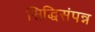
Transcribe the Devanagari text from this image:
सिद्धिसंपन्न